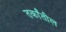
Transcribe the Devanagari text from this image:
तर्कांतील